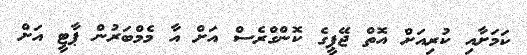
ކަމަށާއި ކުރިއަށް އޮތް ޖޭޕީގެ ކޮންގްރެސް އަށް އާ މެމްބަރުން ޕާޓީ އަށް